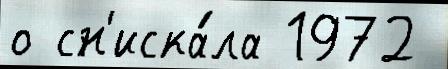
о сн'иска́ла 1972